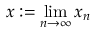
x : = \operatorname* { l i m } _ { n \to \infty } x _ { n }